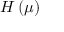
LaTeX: H _ { \mathit { \Phi } } ( \mu )